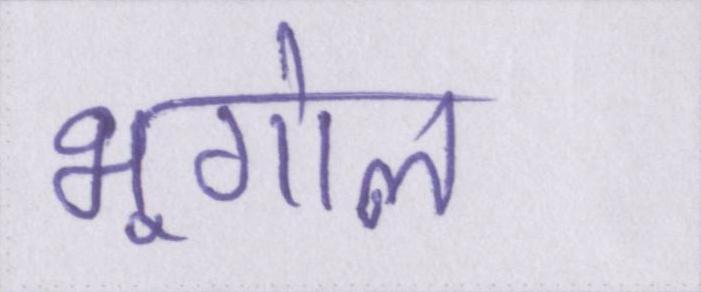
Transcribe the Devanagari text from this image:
भूगोल